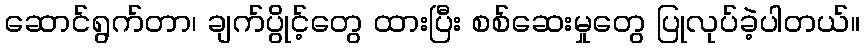
ဆောင်ရွက်တာ၊ ချက်ပွိုင့်တွေ ထားပြီး စစ်ဆေးမှုတွေ ပြုလုပ်ခဲ့ပါတယ်။